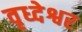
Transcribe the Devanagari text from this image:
वृध्देश्वर